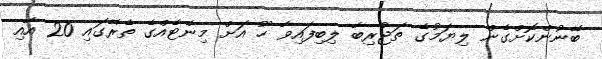
ބޭނުންކޮށްގެން ލިޔަމުގެ ތަޖުރިބާ ލިބިފައިވާ ހޫ އަށް މިނެޓެއްގެ ތެރޭގައި 20 އާއި